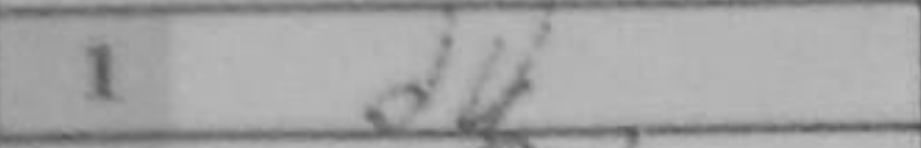
Transcription: d4